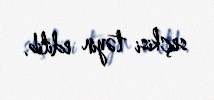
seçkisi təyin edilib.